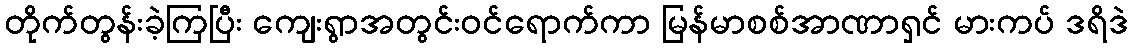
တိုက်တွန်းခဲ့ကြပြီး ကျေးရွာအတွင်းဝင်ရောက်ကာ မြန်မာစစ်အာဏာရှင် မားကပ် ဒရိဒဲ